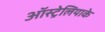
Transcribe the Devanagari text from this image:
ऑस्ट्रेलियाके